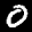
Digit: 0